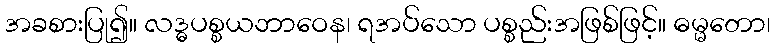
အခစားပြု၍။ လဒ္ဓပစ္စယဘာဝေန၊ ရအပ်သော ပစ္စည်းအဖြစ်ဖြင့်။ ဓမ္မတော၊